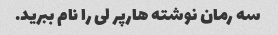
سه رمان نوشته هارپر لی را نام ببرید.